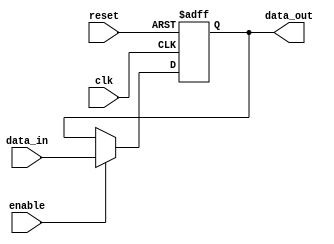
module buffer_delay_block(
    input wire clk,
    input wire reset,
    input wire enable,
    input wire [7:0] data_in,
    output reg [7:0] data_out
);

reg [7:0] buffer_data;

always @(posedge clk or posedge reset) begin
    if (reset) begin
        buffer_data <= 8'b00000000;
    end else if (enable) begin
        buffer_data <= data_in;
    end
end

assign data_out = buffer_data;

endmodule